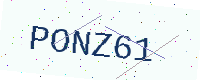
Text: PONZ61